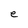
Character: e